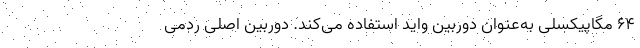
۶۴ مگاپیکسلی به‌عنوان دوربین واید استفاده می‌کند. دوربین اصلی ردمی